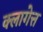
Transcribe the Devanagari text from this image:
क्लागेत्त